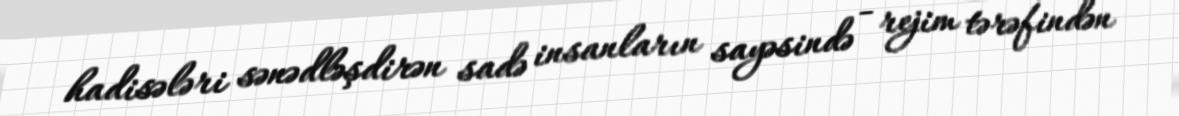
hadisələri sənədləşdirən sadə insanların sayəsində - rejim tərəfindən